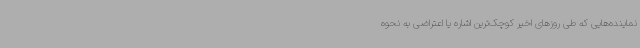
نماینده‌هایی که طی روزهای اخیر کوچک‌ترین اشاره یا اعتراضی به نحوه